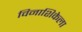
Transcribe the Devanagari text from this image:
विनाशिकेला